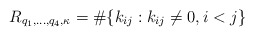
\begin{align*}R_{q_1,\ldots,q_4,\kappa}=\#\{k_{ij}: k_{ij}\neq 0, i<j \}\end{align*}